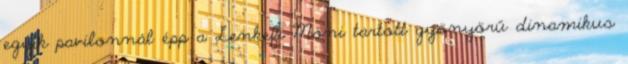
egyik pavilonnál épp a Lenkefi Móni tartott gyönyörű dinamikus